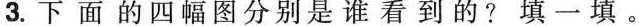
3.下面的四幅图分别是谁看到的？填一填。